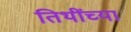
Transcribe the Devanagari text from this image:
तिथींच्या